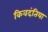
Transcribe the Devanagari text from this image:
किवदंतिया